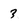
Character: 3